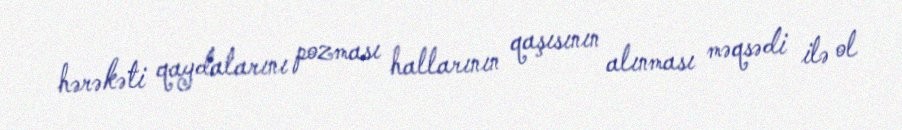
hərəkəti qaydalarını pozması hallarının qaşısının alınması məqsədi ilə ol